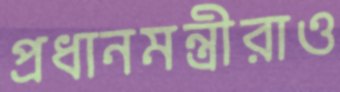
প্রধানমন্ত্রীরাও